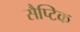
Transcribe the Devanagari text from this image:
सैप्टिक